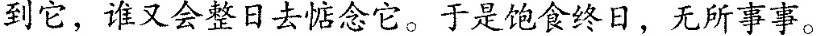
到它，谁又会姿日去惦念它。于是饱食终日，无所事事。